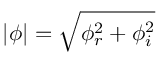
| \phi | = \sqrt { \phi _ { r } ^ { 2 } + \phi _ { i } ^ { 2 } }